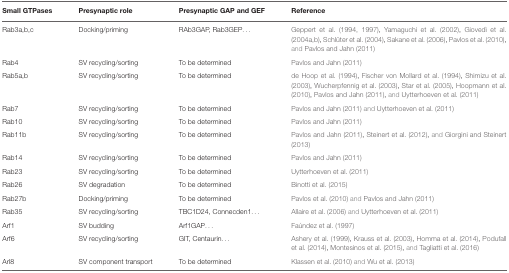
| Small GTPases | Presynaptic role | Presynaptic GAP and GEF | Reference |
 | --- | --- | --- | --- |
 | Rab3a,b,c | Docking/priming | RAb3GAP, Rab3GEP... | Geppert et al. (1994, 1997); Yamaguchi et al. (2002), Giovedì et al. (2004a,b), Schlüter et al. (2004), Sakane et al. (2006), Pavlos et al. (2010), and Pavlos and Jahn (2011) |
 | Rab4 | SV recycling/sorting | To be determined | Pavlos and Jahn (2011) |
 | Rab5a,b | SV recycling/sorting | To be determined | de Hoop et al. (1994), Fischer von Mollard et al. (1994), Shimizu et al. (2003), Wucherpfennig et al. (2003), Star et al. (2005), Hoopmann et al. (2010), Pavlos and Jahn (2011), and Uytterhoeven et al. (2011) |
 | Rab7 | SV recycling/sorting | To be determined | Pavlos and Jahn (2011) and Uytterhoeven et al. (2011) |
 | Rab10 | SV recycling/sorting | To be determined | Pavlos and Jahn (2011) |
 | Rab11b | SV recycling/sorting | To be determined | Pavlos and Jahn (2011), Steinert et al. (2012), and Giorgini and Steinert (2013) |
 | Rab14 | SV recycling/sorting | To be determined | Pavlos and Jahn (2011) |
 | Rab23 | SV recycling/sorting | To be determined | Uytterhoeven et al. (2011) |
 | Rab26 | SV degradation | To be determined | Binotti et al. (2015) |
 | Rab27b | Docking/priming | To be determined | Pavlos et al. (2010) and Pavlos and Jahn (2011) |
 | Rab35 | SV recycling/sorting | TBC1D24, Connecden1... | Allaire et al. (2006) and Uytterhoeven et al. (2011) |
 | Arf1 | SV budding | Arf1GAP... | Faúndez et al. (1997) |
 | Arf6 | SV recycling/sorting | GIT, Centaurin... | Ashery et al. (1999), Krauss et al. (2003), Homma et al. (2014), Podufall et al. (2014), Montesinos et al. (2015), and Tagliatti et al. (2016) |
 | Arl8 | SV component transport | To be determined | Klassen et al. (2010) and Wu et al. (2013) |